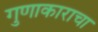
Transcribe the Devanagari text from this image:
गुणाकाराचा